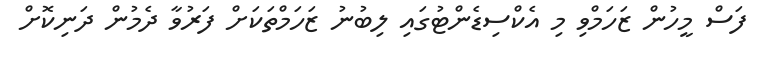
ފަސް މީހުން ޒަހަމްވި މި އެކްސިޑެންޓުގައި ލިބުނު ޒަހަމްތަކަށް ފަރުވާ ދެމުން ދަނިކޮށް